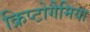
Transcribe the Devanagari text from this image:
क्रिप्टोगैमिया